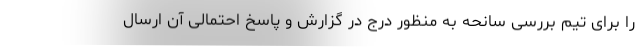
را برای تیم بررسی سانحه به منظور درج در گزارش و پاسخ احتمالی آن ارسال